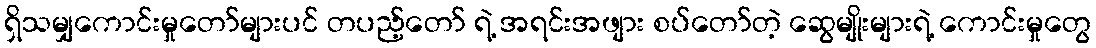
ရှိသမျှကောင်းမှုတော်များပင် တပည့်တော် ရဲ့ အရင်းအဖျား စပ်တော်တဲ့ ဆွေမျိုးများရဲ့ ကောင်းမှုတွေ